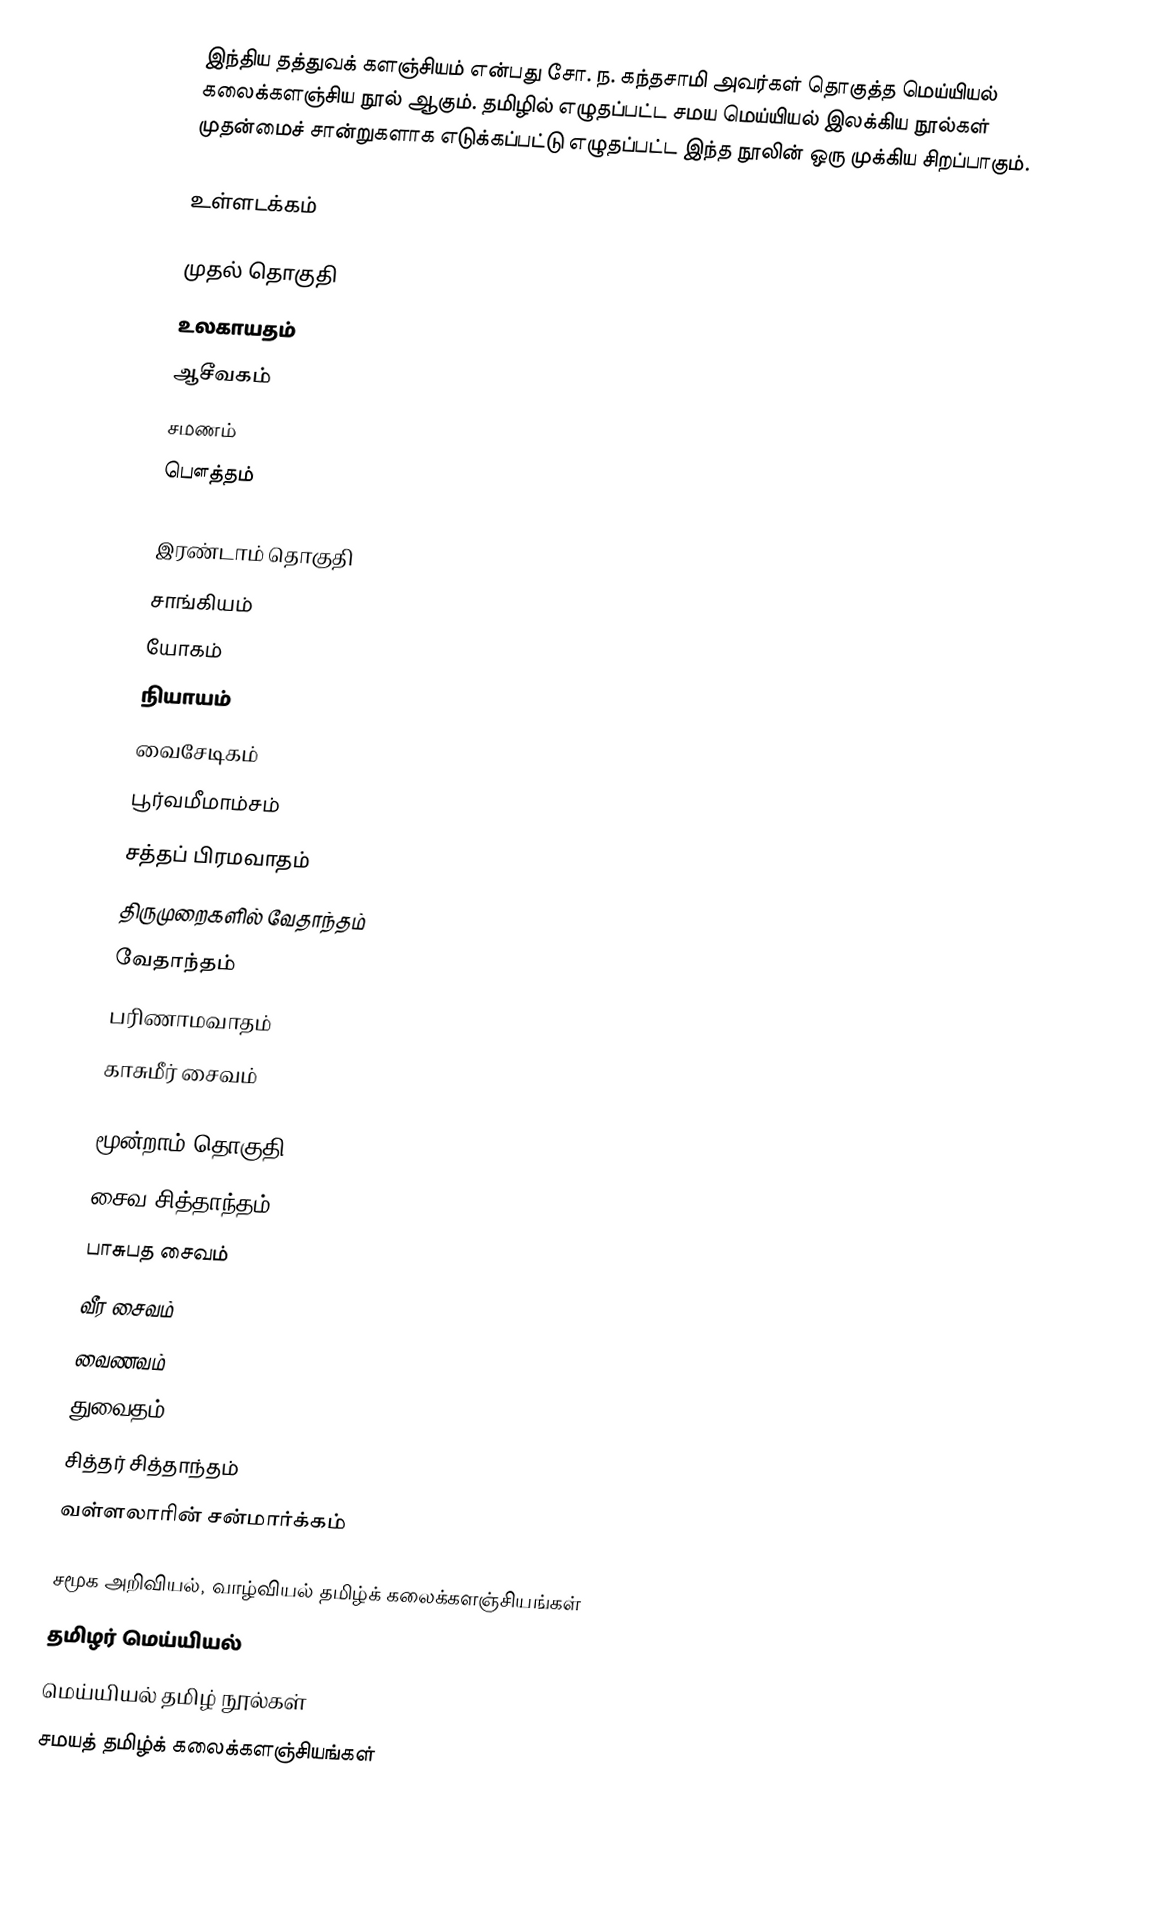
இந்திய தத்துவக் களஞ்சியம் என்பது சோ. ந. கந்தசாமி அவர்கள் தொகுத்த மெய்யியல் கலைக்களஞ்சிய நூல் ஆகும்.  தமிழில் எழுதப்பட்ட சமய மெய்யியல் இலக்கிய நூல்கள் முதன்மைச் சான்றுகளாக எடுக்கப்பட்டு எழுதப்பட்ட இந்த நூலின் ஒரு முக்கிய சிறப்பாகும்.

உள்ளடக்கம்

முதல் தொகுதி
 உலகாயதம்
 ஆசீவகம்
 சமணம்
 பௌத்தம்

இரண்டாம் தொகுதி
 சாங்கியம்
 யோகம்
 நியாயம்
 வைசேடிகம்
 பூர்வமீமாம்சம்
 சத்தப் பிரமவாதம்
 திருமுறைகளில் வேதாந்தம்
 வேதாந்தம்
 பரிணாமவாதம்
 காசுமீர் சைவம்

மூன்றாம் தொகுதி
 சைவ சித்தாந்தம்
 பாசுபத சைவம்
 வீர சைவம்
 வைணவம்
 துவைதம்
 சித்தர் சித்தாந்தம்
 வள்ளலாரின் சன்மார்க்கம்

சமூக அறிவியல், வாழ்வியல் தமிழ்க் கலைக்களஞ்சியங்கள்
தமிழர் மெய்யியல்
மெய்யியல் தமிழ் நூல்கள்
சமயத் தமிழ்க் கலைக்களஞ்சியங்கள்